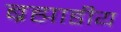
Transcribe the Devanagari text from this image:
ब्रह्माडीय